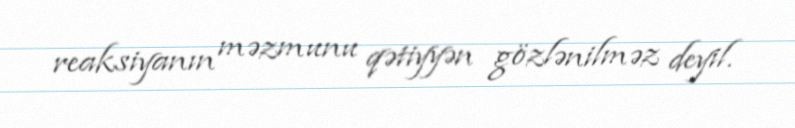
reaksiyanın məzmunu qətiyyən gözlənilməz deyil.